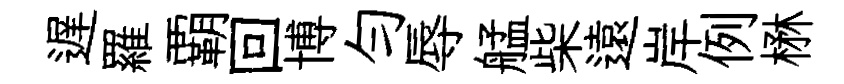
遅羅覇回博勻辱艋柴遠岸例楙